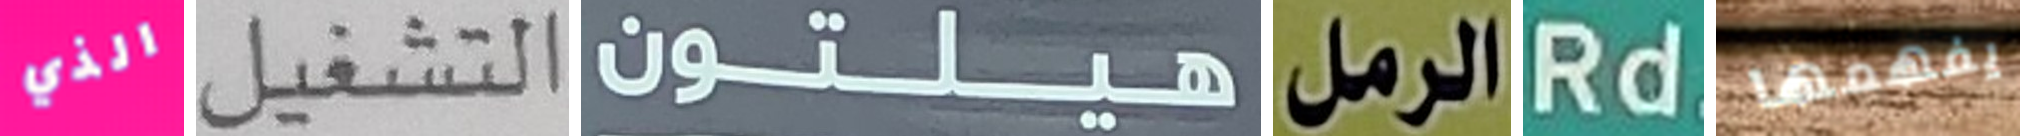
الذي التشغيل هيلتون الرمل Rd يفهمها